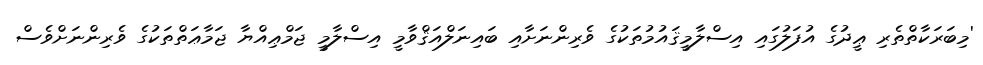
'މިބަރަކާތްތެރި ޢީދުގެ އުފަލުގައި އިސްލާމީޤައުމުތަކުގެ ވެރިންނަށާއި ބައިނަލްއަޤްވާމީ އިސްލާމީ ޖަމްޢިއްޔާ ޖަމާޢަތްތަކުގެ ވެރިންނަށްވެސް